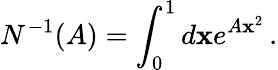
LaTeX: N^{-1}(A)=\int_{0}^{1}d\mathbf{x}e^{A\mathbf{x}^{2}}\, .